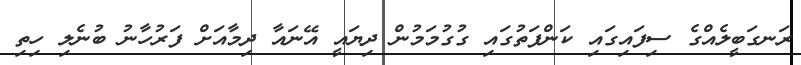
ރަނގަބީލެއްގެ ސިފައިގައި ކަންފަތުގައި ގުގުމަމުން ދިޔައީ އޭނައާ ދިމާއަށް ފަރުހާނު ބުނެލި ހިތި